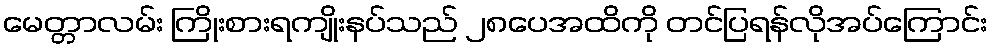
မေတ္တာလမ်း ကြိုးစားရကျိုးနပ်သည် ၂၈ပေအထိကို တင်ပြရန်လိုအပ်ကြောင်း